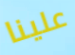
علينا